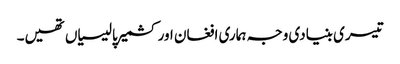
تیسری بنیادی وجہ ہماری افغان اور کشمیر پالیسیاں تھیں۔